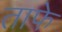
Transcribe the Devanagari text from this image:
ताफे